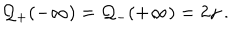
{ \cal Q } _ { + } ( - \infty ) = { \cal Q } _ { - } ( + \infty ) = 2 \gamma \: .